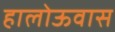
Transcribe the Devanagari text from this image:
हालोऊवास